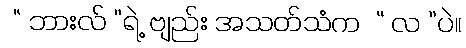
 “ ဘားလ် ”ရဲ့ ဗျည်း အသတ်သံက  “ လ ”ပဲ။